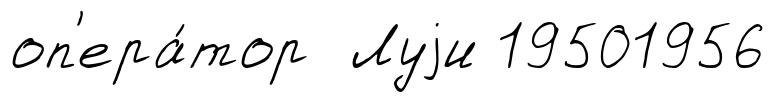
оп'ера́тор Луjи 19501956